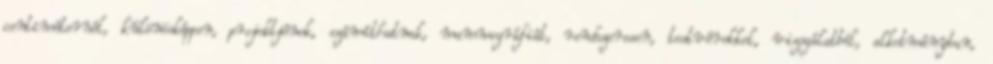
centiméternél, különösképpen, projektjének, számíthatnak, mammográfiát, rendszeresen, testvérekkel, vizsgálatból, alkotmányban,